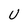
Character: U